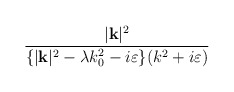
\begin{align*}\frac{|\mathbf{k}|^{2}}{\{|\mathbf{k}|^{2}-\lambda k_{0}^{2}-i\varepsilon \}(k^{2}+i\varepsilon )}\end{align*}